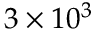
3 \times 1 0 ^ { 3 }